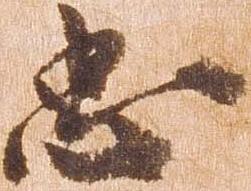
忠